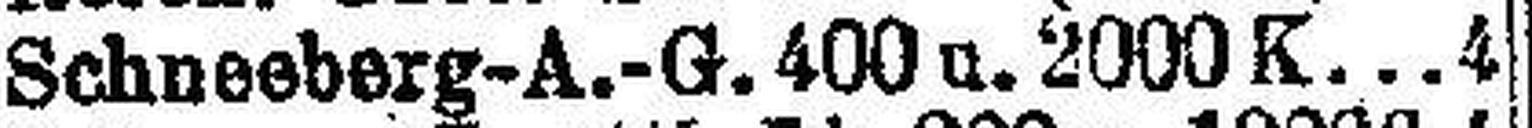
Schneeberg-A.-G. 400 u. 2000K 4